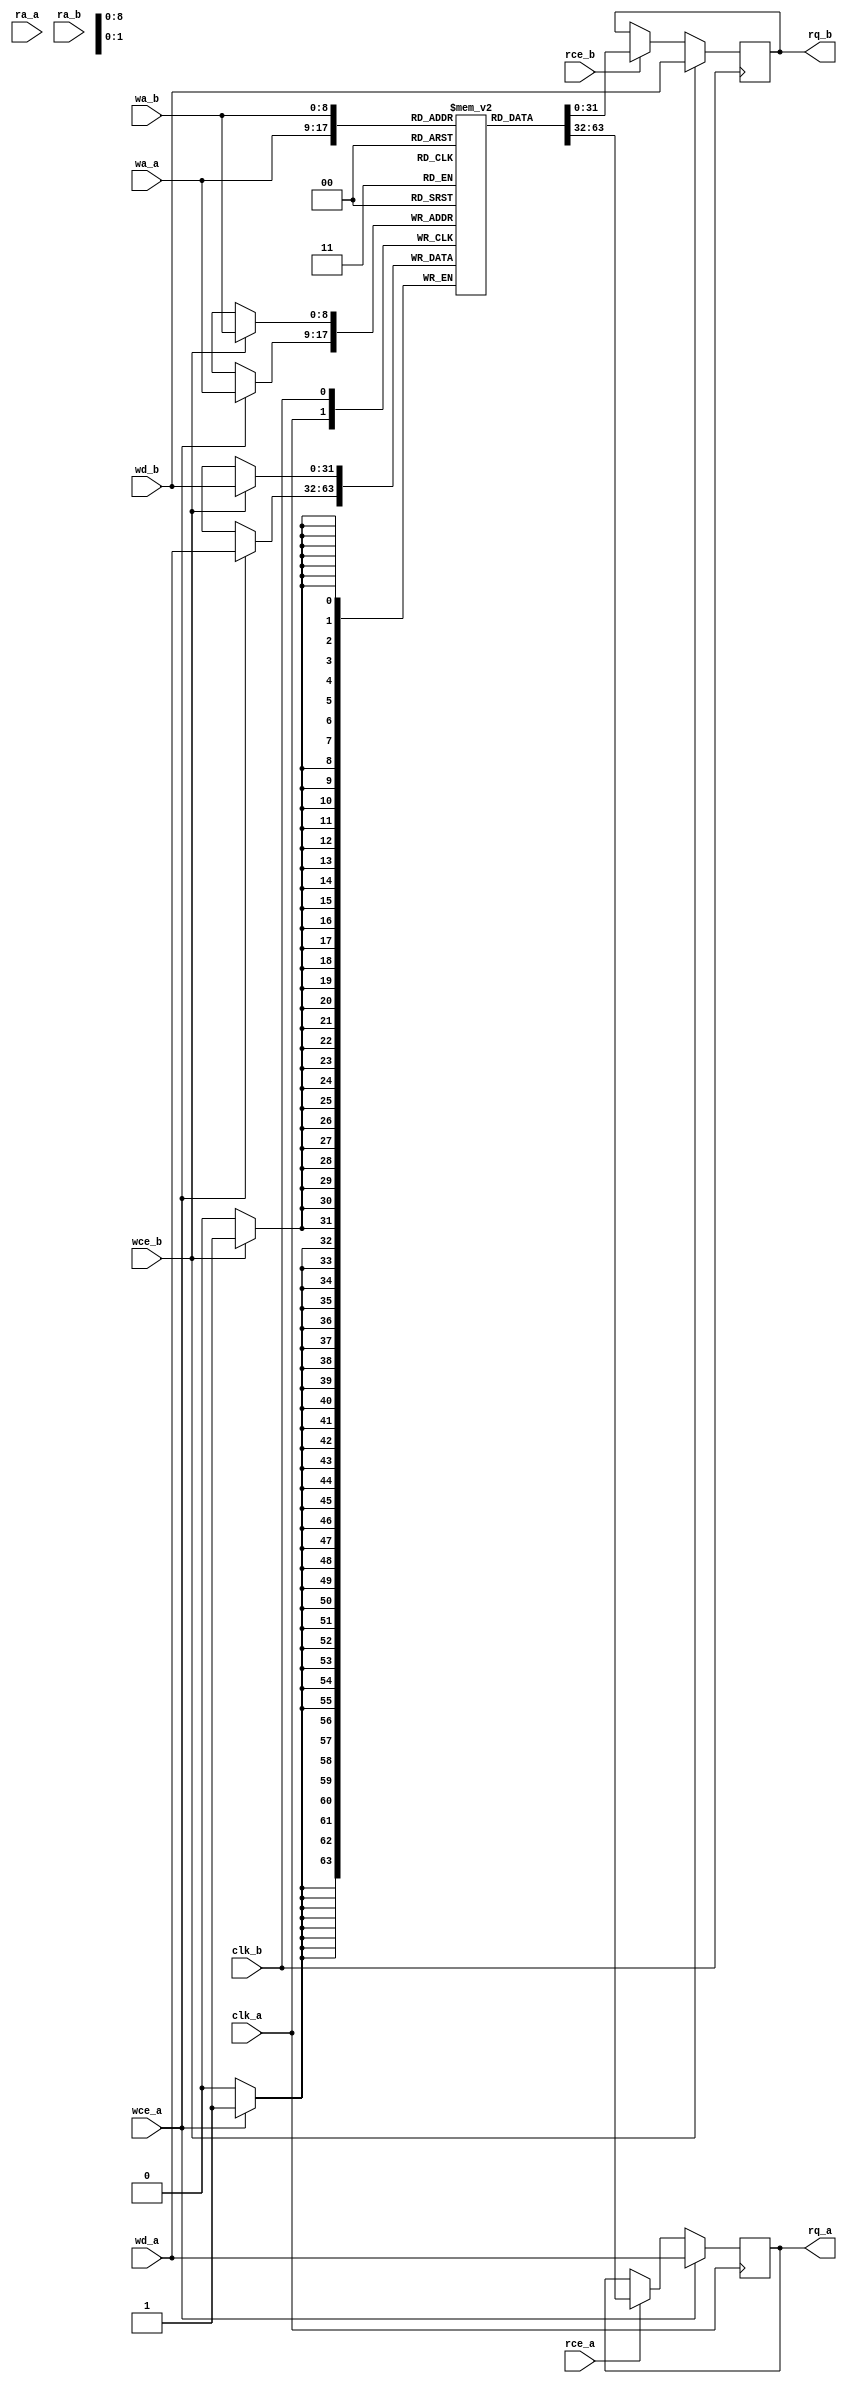
// Copyright (C) 2022 RapidSilicon
//

module BRAM_TDP_SPLIT #(parameter AWIDTH = 9,
parameter DWIDTH = 32)(
	clk_a,
	rce_a,
	ra_a,
	rq_a,
	wce_a,
	wa_a,
	wd_a,

	clk_b,
	rce_b,
	ra_b,
	rq_b,
	wce_b,
	wa_b,
	wd_b
);

	input			clk_a;
	input                   rce_a;
	input      [AWIDTH-1:0] ra_a;
	output reg [DWIDTH-1:0] rq_a;
	input                   wce_a;
	input      [AWIDTH-1:0] wa_a;
	input      [DWIDTH-1:0] wd_a;

	input			clk_b;
	input                   rce_b;
	input      [AWIDTH-1:0] ra_b;
	output reg [DWIDTH-1:0] rq_b;
	input                   wce_b;
	input      [AWIDTH-1:0] wa_b;
	input      [DWIDTH-1:0] wd_b;

	reg        [DWIDTH-1:0] memory[0:(1<<AWIDTH)-1];

	always @(posedge clk_a) begin
        if (wce_a) begin
			memory[wa_a] <= wd_a;
            rq_a <= wd_a;
        end
		else if (rce_a)
			rq_a <= memory[wa_a];

	end

	always @(posedge clk_b) begin
        if (wce_b) begin
			memory[wa_b] <= wd_b;
            rq_b <= wd_b;
        end
		else if (rce_b)
			rq_b <= memory[wa_b];

	end

	integer i;
	initial
	begin
		for(i = 0; i < (1<<AWIDTH)-1; i = i + 1)
			memory[i] = 0;
	end

endmodule

module BRAM_TDP_SPLIT_2x18K #(parameter AWIDTH = 10, parameter DWIDTH = 18)(
	clk_a_0,
	rce_a_0,
	ra_a_0,
	rq_a_0,
	wce_a_0,
	wa_a_0,
	wd_a_0,

	clk_a_1,
	rce_a_1,
	ra_a_1,
	rq_a_1,
	wce_a_1,
	wa_a_1,
	wd_a_1,

	clk_b_0,
	rce_b_0,
	ra_b_0,
	rq_b_0,
	wce_b_0,
	wa_b_0,
	wd_b_0,

	clk_b_1,
	rce_b_1,
	ra_b_1,
	rq_b_1,
	wce_b_1,
	wa_b_1,
	wd_b_1
);

	input			clk_a_0;
	input                   rce_a_0;
	input      [AWIDTH-1:0] ra_a_0;
	output     [DWIDTH-1:0] rq_a_0;
	input                   wce_a_0;
	input      [AWIDTH-1:0] wa_a_0;
	input      [DWIDTH-1:0] wd_a_0;
	input			clk_b_0;
	input                   rce_b_0;
	input      [AWIDTH-1:0] ra_b_0;
	output     [DWIDTH-1:0] rq_b_0;
	input                   wce_b_0;
	input      [AWIDTH-1:0] wa_b_0;
	input      [DWIDTH-1:0] wd_b_0;

	input			clk_a_1;
	input                   rce_a_1;
	input      [AWIDTH-1:0] ra_a_1;
	output     [DWIDTH-1:0] rq_a_1;
	input                   wce_a_1;
	input      [AWIDTH-1:0] wa_a_1;
	input      [DWIDTH-1:0] wd_a_1;
	input			clk_b_1;
	input                   rce_b_1;
	input      [AWIDTH-1:0] ra_b_1;
	output     [DWIDTH-1:0] rq_b_1;
	input                   wce_b_1;
	input      [AWIDTH-1:0] wa_b_1;
	input      [DWIDTH-1:0] wd_b_1;

BRAM_TDP_SPLIT #(.AWIDTH(AWIDTH), .DWIDTH(DWIDTH))
	BRAM_TDP_SPLIT_0 (.clk_a(clk_a_0),
		 .rce_a(rce_a_0),
		 .ra_a(ra_a_0),
		 .rq_a(rq_a_0),
		 .wce_a(wce_a_0),
		 .wa_a(wa_a_0),
		 .wd_a(wd_a_0),
		 .clk_b(clk_b_0),
		 .rce_b(rce_b_0),
		 .ra_b(ra_b_0),
		 .rq_b(rq_b_0),
		 .wce_b(wce_b_0),
		 .wa_b(wa_b_0),
		 .wd_b(wd_b_0));

BRAM_TDP_SPLIT #(.AWIDTH(AWIDTH), .DWIDTH(DWIDTH))
	BRAM_TDP_SPLIT_1 (.clk_a(clk_a_1),
		 .rce_a(rce_a_1),
		 .ra_a(ra_a_1),
		 .rq_a(rq_a_1),
		 .wce_a(wce_a_1),
		 .wa_a(wa_a_1),
		 .wd_a(wd_a_1),
		 .clk_b(clk_b_1),
		 .rce_b(rce_b_1),
		 .ra_b(ra_b_1),
		 .rq_b(rq_b_1),
		 .wce_b(wce_b_1),
		 .wa_b(wa_b_1),
		 .wd_b(wd_b_1));
endmodule


module BRAM_TDP_SPLIT_2x18x1024 (
	clk_a_0,
	rce_a_0,
	ra_a_0,
	rq_a_0,
	wce_a_0,
	wa_a_0,
	wd_a_0,

	clk_a_1,
	rce_a_1,
	ra_a_1,
	rq_a_1,
	wce_a_1,
	wa_a_1,
	wd_a_1,

	clk_b_0,
	rce_b_0,
	ra_b_0,
	rq_b_0,
	wce_b_0,
	wa_b_0,
	wd_b_0,

	clk_b_1,
	rce_b_1,
	ra_b_1,
	rq_b_1,
	wce_b_1,
	wa_b_1,
	wd_b_1
);

parameter AWIDTH = 10;
parameter DWIDTH = 18;

	input			clk_a_0;
	input                   rce_a_0;
	input      [AWIDTH-1:0] ra_a_0;
	output     [DWIDTH-1:0] rq_a_0;
	input                   wce_a_0;
	input      [AWIDTH-1:0] wa_a_0;
	input      [DWIDTH-1:0] wd_a_0;
	input			clk_b_0;
	input                   rce_b_0;
	input      [AWIDTH-1:0] ra_b_0;
	output     [DWIDTH-1:0] rq_b_0;
	input                   wce_b_0;
	input      [AWIDTH-1:0] wa_b_0;
	input      [DWIDTH-1:0] wd_b_0;

	input			clk_a_1;
	input                   rce_a_1;
	input      [AWIDTH-1:0] ra_a_1;
	output     [DWIDTH-1:0] rq_a_1;
	input                   wce_a_1;
	input      [AWIDTH-1:0] wa_a_1;
	input      [DWIDTH-1:0] wd_a_1;
	input			clk_b_1;
	input                   rce_b_1;
	input      [AWIDTH-1:0] ra_b_1;
	output     [DWIDTH-1:0] rq_b_1;
	input                   wce_b_1;
	input      [AWIDTH-1:0] wa_b_1;
	input      [DWIDTH-1:0] wd_b_1;

BRAM_TDP_SPLIT_2x18K #(.AWIDTH(AWIDTH), .DWIDTH(DWIDTH))
	BRAM_TDP_SPLIT_2x18x1024 (
		 .clk_a_0(clk_a_0),
		 .rce_a_0(rce_a_0),
		 .ra_a_0(ra_a_0),
		 .rq_a_0(rq_a_0),
		 .wce_a_0(wce_a_0),
		 .wa_a_0(wa_a_0),
		 .wd_a_0(wd_a_0),
		 .clk_b_0(clk_b_0),
		 .rce_b_0(rce_b_0),
		 .ra_b_0(ra_b_0),
		 .rq_b_0(rq_b_0),
		 .wce_b_0(wce_b_0),
		 .wa_b_0(wa_b_0),
		 .wd_b_0(wd_b_0),
		 .clk_a_1(clk_a_1),
		 .rce_a_1(rce_a_1),
		 .ra_a_1(ra_a_1),
		 .rq_a_1(rq_a_1),
		 .wce_a_1(wce_a_1),
		 .wa_a_1(wa_a_1),
		 .wd_a_1(wd_a_1),
		 .clk_b_1(clk_b_1),
		 .rce_b_1(rce_b_1),
		 .ra_b_1(ra_b_1),
		 .rq_b_1(rq_b_1),
		 .wce_b_1(wce_b_1),
		 .wa_b_1(wa_b_1),
		 .wd_b_1(wd_b_1));
endmodule


module BRAM_TDP_SPLIT_2x16x1024 (
	clk_a_0,
	rce_a_0,
	ra_a_0,
	rq_a_0,
	wce_a_0,
	wa_a_0,
	wd_a_0,

	clk_a_1,
	rce_a_1,
	ra_a_1,
	rq_a_1,
	wce_a_1,
	wa_a_1,
	wd_a_1,

	clk_b_0,
	rce_b_0,
	ra_b_0,
	rq_b_0,
	wce_b_0,
	wa_b_0,
	wd_b_0,

	clk_b_1,
	rce_b_1,
	ra_b_1,
	rq_b_1,
	wce_b_1,
	wa_b_1,
	wd_b_1
);

parameter AWIDTH = 10;
parameter DWIDTH = 16;

	input			clk_a_0;
	input                   rce_a_0;
	input      [AWIDTH-1:0] ra_a_0;
	output     [DWIDTH-1:0] rq_a_0;
	input                   wce_a_0;
	input      [AWIDTH-1:0] wa_a_0;
	input      [DWIDTH-1:0] wd_a_0;
	input			clk_b_0;
	input                   rce_b_0;
	input      [AWIDTH-1:0] ra_b_0;
	output     [DWIDTH-1:0] rq_b_0;
	input                   wce_b_0;
	input      [AWIDTH-1:0] wa_b_0;
	input      [DWIDTH-1:0] wd_b_0;

	input			clk_a_1;
	input                   rce_a_1;
	input      [AWIDTH-1:0] ra_a_1;
	output     [DWIDTH-1:0] rq_a_1;
	input                   wce_a_1;
	input      [AWIDTH-1:0] wa_a_1;
	input      [DWIDTH-1:0] wd_a_1;
	input			clk_b_1;
	input                   rce_b_1;
	input      [AWIDTH-1:0] ra_b_1;
	output     [DWIDTH-1:0] rq_b_1;
	input                   wce_b_1;
	input      [AWIDTH-1:0] wa_b_1;
	input      [DWIDTH-1:0] wd_b_1;

BRAM_TDP_SPLIT_2x18K #(.AWIDTH(AWIDTH), .DWIDTH(DWIDTH))
	BRAM_TDP_SPLIT_2x16x1024 (
		 .clk_a_0(clk_a_0),
		 .rce_a_0(rce_a_0),
		 .ra_a_0(ra_a_0),
		 .rq_a_0(rq_a_0),
		 .wce_a_0(wce_a_0),
		 .wa_a_0(wa_a_0),
		 .wd_a_0(wd_a_0),
		 .clk_b_0(clk_b_0),
		 .rce_b_0(rce_b_0),
		 .ra_b_0(ra_b_0),
		 .rq_b_0(rq_b_0),
		 .wce_b_0(wce_b_0),
		 .wa_b_0(wa_b_0),
		 .wd_b_0(wd_b_0),
		 .clk_a_1(clk_a_1),
		 .rce_a_1(rce_a_1),
		 .ra_a_1(ra_a_1),
		 .rq_a_1(rq_a_1),
		 .wce_a_1(wce_a_1),
		 .wa_a_1(wa_a_1),
		 .wd_a_1(wd_a_1),
		 .clk_b_1(clk_b_1),
		 .rce_b_1(rce_b_1),
		 .ra_b_1(ra_b_1),
		 .rq_b_1(rq_b_1),
		 .wce_b_1(wce_b_1),
		 .wa_b_1(wa_b_1),
		 .wd_b_1(wd_b_1));
endmodule


module BRAM_TDP_SPLIT_2x9x2048 (
	clk_a_0,
	rce_a_0,
	ra_a_0,
	rq_a_0,
	wce_a_0,
	wa_a_0,
	wd_a_0,

	clk_a_1,
	rce_a_1,
	ra_a_1,
	rq_a_1,
	wce_a_1,
	wa_a_1,
	wd_a_1,

	clk_b_0,
	rce_b_0,
	ra_b_0,
	rq_b_0,
	wce_b_0,
	wa_b_0,
	wd_b_0,

	clk_b_1,
	rce_b_1,
	ra_b_1,
	rq_b_1,
	wce_b_1,
	wa_b_1,
	wd_b_1
);

parameter AWIDTH = 11;
parameter DWIDTH = 9;

	input			clk_a_0;
	input                   rce_a_0;
	input      [AWIDTH-1:0] ra_a_0;
	output     [DWIDTH-1:0] rq_a_0;
	input                   wce_a_0;
	input      [AWIDTH-1:0] wa_a_0;
	input      [DWIDTH-1:0] wd_a_0;
	input			clk_b_0;
	input                   rce_b_0;
	input      [AWIDTH-1:0] ra_b_0;
	output     [DWIDTH-1:0] rq_b_0;
	input                   wce_b_0;
	input      [AWIDTH-1:0] wa_b_0;
	input      [DWIDTH-1:0] wd_b_0;

	input			clk_a_1;
	input                   rce_a_1;
	input      [AWIDTH-1:0] ra_a_1;
	output     [DWIDTH-1:0] rq_a_1;
	input                   wce_a_1;
	input      [AWIDTH-1:0] wa_a_1;
	input      [DWIDTH-1:0] wd_a_1;
	input			clk_b_1;
	input                   rce_b_1;
	input      [AWIDTH-1:0] ra_b_1;
	output     [DWIDTH-1:0] rq_b_1;
	input                   wce_b_1;
	input      [AWIDTH-1:0] wa_b_1;
	input      [DWIDTH-1:0] wd_b_1;

BRAM_TDP_SPLIT_2x18K #(.AWIDTH(AWIDTH), .DWIDTH(DWIDTH))
	BRAM_TDP_SPLIT_2x9x2048 (
		 .clk_a_0(clk_a_0),
		 .rce_a_0(rce_a_0),
		 .ra_a_0(ra_a_0),
		 .rq_a_0(rq_a_0),
		 .wce_a_0(wce_a_0),
		 .wa_a_0(wa_a_0),
		 .wd_a_0(wd_a_0),
		 .clk_b_0(clk_b_0),
		 .rce_b_0(rce_b_0),
		 .ra_b_0(ra_b_0),
		 .rq_b_0(rq_b_0),
		 .wce_b_0(wce_b_0),
		 .wa_b_0(wa_b_0),
		 .wd_b_0(wd_b_0),
		 .clk_a_1(clk_a_1),
		 .rce_a_1(rce_a_1),
		 .ra_a_1(ra_a_1),
		 .rq_a_1(rq_a_1),
		 .wce_a_1(wce_a_1),
		 .wa_a_1(wa_a_1),
		 .wd_a_1(wd_a_1),
		 .clk_b_1(clk_b_1),
		 .rce_b_1(rce_b_1),
		 .ra_b_1(ra_b_1),
		 .rq_b_1(rq_b_1),
		 .wce_b_1(wce_b_1),
		 .wa_b_1(wa_b_1),
		 .wd_b_1(wd_b_1));
endmodule

module BRAM_TDP_SPLIT_2x8x2048 (
	clk_a_0,
	rce_a_0,
	ra_a_0,
	rq_a_0,
	wce_a_0,
	wa_a_0,
	wd_a_0,

	clk_a_1,
	rce_a_1,
	ra_a_1,
	rq_a_1,
	wce_a_1,
	wa_a_1,
	wd_a_1,

	clk_b_0,
	rce_b_0,
	ra_b_0,
	rq_b_0,
	wce_b_0,
	wa_b_0,
	wd_b_0,

	clk_b_1,
	rce_b_1,
	ra_b_1,
	rq_b_1,
	wce_b_1,
	wa_b_1,
	wd_b_1
);

parameter AWIDTH = 11;
parameter DWIDTH = 8;

	input			clk_a_0;
	input                   rce_a_0;
	input      [AWIDTH-1:0] ra_a_0;
	output     [DWIDTH-1:0] rq_a_0;
	input                   wce_a_0;
	input      [AWIDTH-1:0] wa_a_0;
	input      [DWIDTH-1:0] wd_a_0;
	input			clk_b_0;
	input                   rce_b_0;
	input      [AWIDTH-1:0] ra_b_0;
	output     [DWIDTH-1:0] rq_b_0;
	input                   wce_b_0;
	input      [AWIDTH-1:0] wa_b_0;
	input      [DWIDTH-1:0] wd_b_0;

	input			clk_a_1;
	input                   rce_a_1;
	input      [AWIDTH-1:0] ra_a_1;
	output     [DWIDTH-1:0] rq_a_1;
	input                   wce_a_1;
	input      [AWIDTH-1:0] wa_a_1;
	input      [DWIDTH-1:0] wd_a_1;
	input			clk_b_1;
	input                   rce_b_1;
	input      [AWIDTH-1:0] ra_b_1;
	output     [DWIDTH-1:0] rq_b_1;
	input                   wce_b_1;
	input      [AWIDTH-1:0] wa_b_1;
	input      [DWIDTH-1:0] wd_b_1;

BRAM_TDP_SPLIT_2x18K #(.AWIDTH(AWIDTH), .DWIDTH(DWIDTH))
	BRAM_TDP_SPLIT_2x8x2048 (
		 .clk_a_0(clk_a_0),
		 .rce_a_0(rce_a_0),
		 .ra_a_0(ra_a_0),
		 .rq_a_0(rq_a_0),
		 .wce_a_0(wce_a_0),
		 .wa_a_0(wa_a_0),
		 .wd_a_0(wd_a_0),
		 .clk_b_0(clk_b_0),
		 .rce_b_0(rce_b_0),
		 .ra_b_0(ra_b_0),
		 .rq_b_0(rq_b_0),
		 .wce_b_0(wce_b_0),
		 .wa_b_0(wa_b_0),
		 .wd_b_0(wd_b_0),
		 .clk_a_1(clk_a_1),
		 .rce_a_1(rce_a_1),
		 .ra_a_1(ra_a_1),
		 .rq_a_1(rq_a_1),
		 .wce_a_1(wce_a_1),
		 .wa_a_1(wa_a_1),
		 .wd_a_1(wd_a_1),
		 .clk_b_1(clk_b_1),
		 .rce_b_1(rce_b_1),
		 .ra_b_1(ra_b_1),
		 .rq_b_1(rq_b_1),
		 .wce_b_1(wce_b_1),
		 .wa_b_1(wa_b_1),
		 .wd_b_1(wd_b_1));
endmodule

module BRAM_TDP_SPLIT_2x4x4096 (
	clk_a_0,
	rce_a_0,
	ra_a_0,
	rq_a_0,
	wce_a_0,
	wa_a_0,
	wd_a_0,

	clk_a_1,
	rce_a_1,
	ra_a_1,
	rq_a_1,
	wce_a_1,
	wa_a_1,
	wd_a_1,

	clk_b_0,
	rce_b_0,
	ra_b_0,
	rq_b_0,
	wce_b_0,
	wa_b_0,
	wd_b_0,

	clk_b_1,
	rce_b_1,
	ra_b_1,
	rq_b_1,
	wce_b_1,
	wa_b_1,
	wd_b_1
);

parameter AWIDTH = 12;
parameter DWIDTH = 4;

	input			clk_a_0;
	input                   rce_a_0;
	input      [AWIDTH-1:0] ra_a_0;
	output     [DWIDTH-1:0] rq_a_0;
	input                   wce_a_0;
	input      [AWIDTH-1:0] wa_a_0;
	input      [DWIDTH-1:0] wd_a_0;
	input			clk_b_0;
	input                   rce_b_0;
	input      [AWIDTH-1:0] ra_b_0;
	output     [DWIDTH-1:0] rq_b_0;
	input                   wce_b_0;
	input      [AWIDTH-1:0] wa_b_0;
	input      [DWIDTH-1:0] wd_b_0;

	input			clk_a_1;
	input                   rce_a_1;
	input      [AWIDTH-1:0] ra_a_1;
	output     [DWIDTH-1:0] rq_a_1;
	input                   wce_a_1;
	input      [AWIDTH-1:0] wa_a_1;
	input      [DWIDTH-1:0] wd_a_1;
	input			clk_b_1;
	input                   rce_b_1;
	input      [AWIDTH-1:0] ra_b_1;
	output     [DWIDTH-1:0] rq_b_1;
	input                   wce_b_1;
	input      [AWIDTH-1:0] wa_b_1;
	input      [DWIDTH-1:0] wd_b_1;

BRAM_TDP_SPLIT_2x18K #(.AWIDTH(AWIDTH), .DWIDTH(DWIDTH))
	BRAM_TDP_SPLIT_2x4x4096 (
		 .clk_a_0(clk_a_0),
		 .rce_a_0(rce_a_0),
		 .ra_a_0(ra_a_0),
		 .rq_a_0(rq_a_0),
		 .wce_a_0(wce_a_0),
		 .wa_a_0(wa_a_0),
		 .wd_a_0(wd_a_0),
		 .clk_b_0(clk_b_0),
		 .rce_b_0(rce_b_0),
		 .ra_b_0(ra_b_0),
		 .rq_b_0(rq_b_0),
		 .wce_b_0(wce_b_0),
		 .wa_b_0(wa_b_0),
		 .wd_b_0(wd_b_0),
		 .clk_a_1(clk_a_1),
		 .rce_a_1(rce_a_1),
		 .ra_a_1(ra_a_1),
		 .rq_a_1(rq_a_1),
		 .wce_a_1(wce_a_1),
		 .wa_a_1(wa_a_1),
		 .wd_a_1(wd_a_1),
		 .clk_b_1(clk_b_1),
		 .rce_b_1(rce_b_1),
		 .ra_b_1(ra_b_1),
		 .rq_b_1(rq_b_1),
		 .wce_b_1(wce_b_1),
		 .wa_b_1(wa_b_1),
		 .wd_b_1(wd_b_1));
endmodule

module BRAM_TDP_SPLIT_2x2x8192 (
	clk_a_0,
	rce_a_0,
	ra_a_0,
	rq_a_0,
	wce_a_0,
	wa_a_0,
	wd_a_0,

	clk_a_1,
	rce_a_1,
	ra_a_1,
	rq_a_1,
	wce_a_1,
	wa_a_1,
	wd_a_1,

	clk_b_0,
	rce_b_0,
	ra_b_0,
	rq_b_0,
	wce_b_0,
	wa_b_0,
	wd_b_0,

	clk_b_1,
	rce_b_1,
	ra_b_1,
	rq_b_1,
	wce_b_1,
	wa_b_1,
	wd_b_1
);

parameter AWIDTH = 13;
parameter DWIDTH = 2;

	input			clk_a_0;
	input                   rce_a_0;
	input      [AWIDTH-1:0] ra_a_0;
	output     [DWIDTH-1:0] rq_a_0;
	input                   wce_a_0;
	input      [AWIDTH-1:0] wa_a_0;
	input      [DWIDTH-1:0] wd_a_0;
	input			clk_b_0;
	input                   rce_b_0;
	input      [AWIDTH-1:0] ra_b_0;
	output     [DWIDTH-1:0] rq_b_0;
	input                   wce_b_0;
	input      [AWIDTH-1:0] wa_b_0;
	input      [DWIDTH-1:0] wd_b_0;

	input			clk_a_1;
	input                   rce_a_1;
	input      [AWIDTH-1:0] ra_a_1;
	output     [DWIDTH-1:0] rq_a_1;
	input                   wce_a_1;
	input      [AWIDTH-1:0] wa_a_1;
	input      [DWIDTH-1:0] wd_a_1;
	input			clk_b_1;
	input                   rce_b_1;
	input      [AWIDTH-1:0] ra_b_1;
	output     [DWIDTH-1:0] rq_b_1;
	input                   wce_b_1;
	input      [AWIDTH-1:0] wa_b_1;
	input      [DWIDTH-1:0] wd_b_1;

BRAM_TDP_SPLIT_2x18K #(.AWIDTH(AWIDTH), .DWIDTH(DWIDTH))
	BRAM_TDP_SPLIT_2x2x8192 (
		 .clk_a_0(clk_a_0),
		 .rce_a_0(rce_a_0),
		 .ra_a_0(ra_a_0),
		 .rq_a_0(rq_a_0),
		 .wce_a_0(wce_a_0),
		 .wa_a_0(wa_a_0),
		 .wd_a_0(wd_a_0),
		 .clk_b_0(clk_b_0),
		 .rce_b_0(rce_b_0),
		 .ra_b_0(ra_b_0),
		 .rq_b_0(rq_b_0),
		 .wce_b_0(wce_b_0),
		 .wa_b_0(wa_b_0),
		 .wd_b_0(wd_b_0),
		 .clk_a_1(clk_a_1),
		 .rce_a_1(rce_a_1),
		 .ra_a_1(ra_a_1),
		 .rq_a_1(rq_a_1),
		 .wce_a_1(wce_a_1),
		 .wa_a_1(wa_a_1),
		 .wd_a_1(wd_a_1),
		 .clk_b_1(clk_b_1),
		 .rce_b_1(rce_b_1),
		 .ra_b_1(ra_b_1),
		 .rq_b_1(rq_b_1),
		 .wce_b_1(wce_b_1),
		 .wa_b_1(wa_b_1),
		 .wd_b_1(wd_b_1));
endmodule

module BRAM_TDP_SPLIT_2x1x16384 (
	clk_a_0,
	rce_a_0,
	ra_a_0,
	rq_a_0,
	wce_a_0,
	wa_a_0,
	wd_a_0,

	clk_a_1,
	rce_a_1,
	ra_a_1,
	rq_a_1,
	wce_a_1,
	wa_a_1,
	wd_a_1,

	clk_b_0,
	rce_b_0,
	ra_b_0,
	rq_b_0,
	wce_b_0,
	wa_b_0,
	wd_b_0,

	clk_b_1,
	rce_b_1,
	ra_b_1,
	rq_b_1,
	wce_b_1,
	wa_b_1,
	wd_b_1
);

parameter AWIDTH = 14;
parameter DWIDTH = 1;

	input			clk_a_0;
	input                   rce_a_0;
	input      [AWIDTH-1:0] ra_a_0;
	output     [DWIDTH-1:0] rq_a_0;
	input                   wce_a_0;
	input      [AWIDTH-1:0] wa_a_0;
	input      [DWIDTH-1:0] wd_a_0;
	input			clk_b_0;
	input                   rce_b_0;
	input      [AWIDTH-1:0] ra_b_0;
	output     [DWIDTH-1:0] rq_b_0;
	input                   wce_b_0;
	input      [AWIDTH-1:0] wa_b_0;
	input      [DWIDTH-1:0] wd_b_0;

	input			clk_a_1;
	input                   rce_a_1;
	input      [AWIDTH-1:0] ra_a_1;
	output     [DWIDTH-1:0] rq_a_1;
	input                   wce_a_1;
	input      [AWIDTH-1:0] wa_a_1;
	input      [DWIDTH-1:0] wd_a_1;
	input			clk_b_1;
	input                   rce_b_1;
	input      [AWIDTH-1:0] ra_b_1;
	output     [DWIDTH-1:0] rq_b_1;
	input                   wce_b_1;
	input      [AWIDTH-1:0] wa_b_1;
	input      [DWIDTH-1:0] wd_b_1;

BRAM_TDP_SPLIT_2x18K #(.AWIDTH(AWIDTH), .DWIDTH(DWIDTH))
	BRAM_TDP_SPLIT_2x1x16384 (
		 .clk_a_0(clk_a_0),
		 .rce_a_0(rce_a_0),
		 .ra_a_0(ra_a_0),
		 .rq_a_0(rq_a_0),
		 .wce_a_0(wce_a_0),
		 .wa_a_0(wa_a_0),
		 .wd_a_0(wd_a_0),
		 .clk_b_0(clk_b_0),
		 .rce_b_0(rce_b_0),
		 .ra_b_0(ra_b_0),
		 .rq_b_0(rq_b_0),
		 .wce_b_0(wce_b_0),
		 .wa_b_0(wa_b_0),
		 .wd_b_0(wd_b_0),
		 .clk_a_1(clk_a_1),
		 .rce_a_1(rce_a_1),
		 .ra_a_1(ra_a_1),
		 .rq_a_1(rq_a_1),
		 .wce_a_1(wce_a_1),
		 .wa_a_1(wa_a_1),
		 .wd_a_1(wd_a_1),
		 .clk_b_1(clk_b_1),
		 .rce_b_1(rce_b_1),
		 .ra_b_1(ra_b_1),
		 .rq_b_1(rq_b_1),
		 .wce_b_1(wce_b_1),
		 .wa_b_1(wa_b_1),
		 .wd_b_1(wd_b_1));
endmodule